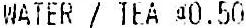
WATER / TEA @0.50